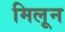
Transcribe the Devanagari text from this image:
मिलून